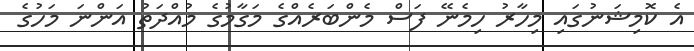
އެ ކޮމިޝަނުގައި މިހާރު ހިމެނޭ ފަސް މެންބަރެއްގެ މަގާމުގެ މުއްދަތު އަންނަ މަހުގެ